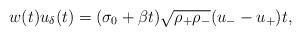
LaTeX: \begin{align*}w(t)u_\delta(t)=(\sigma_{0}+\beta t)\sqrt{\rho_{+}\rho_{-}}(u_--u_+)t,\end{align*}